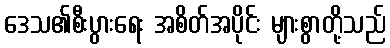
ဒေသ၏စီးပွားရေး အစိတ်အပိုင်း များစွာတို့သည်